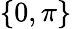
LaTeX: \{ 0,\pi\}